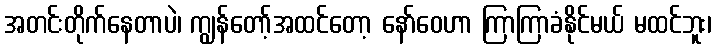
အတင်းတိုက်နေတာပဲ၊ ကျွန်တော့်အထင်တော့ နော်ဝေဟာ ကြာကြာခံနိုင်မယ် မထင်ဘူး၊